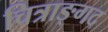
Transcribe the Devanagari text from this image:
चित्राङ्गद